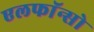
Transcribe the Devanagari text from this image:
एलफाॅन्सो